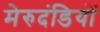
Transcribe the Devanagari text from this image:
मेरुदंडियों